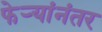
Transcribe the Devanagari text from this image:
फेर्‍यांनंतर